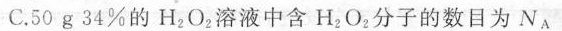
C.50g34%的H_{2}O_{2}溶液中含H_{2}O_{2}分子的数目为N_{A}